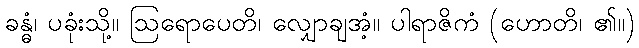
ခန္ဓံ၊ ပခုံးသို့။ ဩရောပေတိ၊ လျှောချအံ့။ ပါရာဇိကံ (ဟောတိ၊ ၏။)